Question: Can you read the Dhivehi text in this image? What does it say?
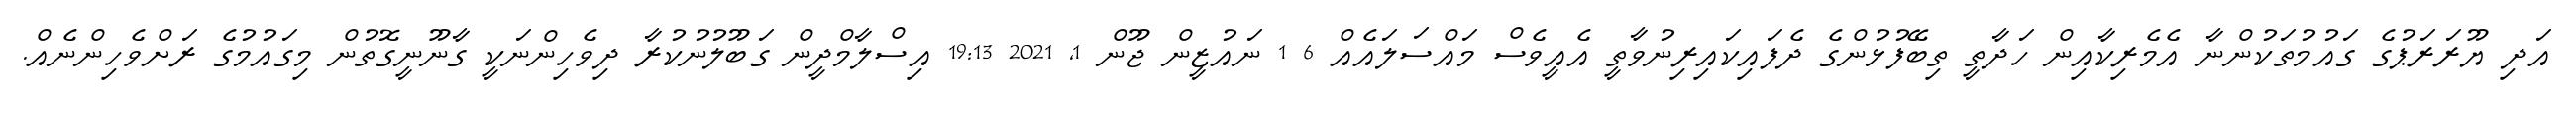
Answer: އަދި ޔޫރަރަޕުގެ ގައުމުތަކުންނާ އެމެރިކާއިން ހަދާތީ ތިބޭފުޅުންގެ ދެފައިކައިރިނުވާތީ އެއީވެސް މައްސަލައެއް 6 1 ނައުޒީން ޖޫން 1, 2021 19:13 އިސްލާމްދީން ގަބޫލުނުކުރާ ދިވެހިންނަކީ ގާނޫނީގޮތުން މިގައުމުގެ ރަށްވެހިންނެއް.